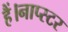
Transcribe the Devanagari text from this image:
हैं।नाप्स्टर